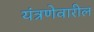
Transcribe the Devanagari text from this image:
यंत्रणेवारील